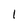
Character: 1